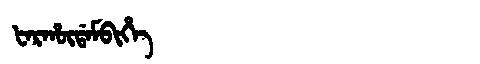
Manchu: ᡶᠠᡵᡥᡡᡩᠠᠮᠪᡳᡥᡝ
Romanization: FARHŪDAMBIHE